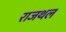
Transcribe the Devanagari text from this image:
राजथल